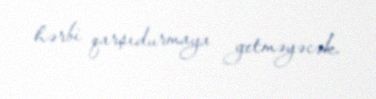
hərbi qarşıdurmaya getməyəcək.